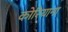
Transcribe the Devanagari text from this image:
कोरियाना